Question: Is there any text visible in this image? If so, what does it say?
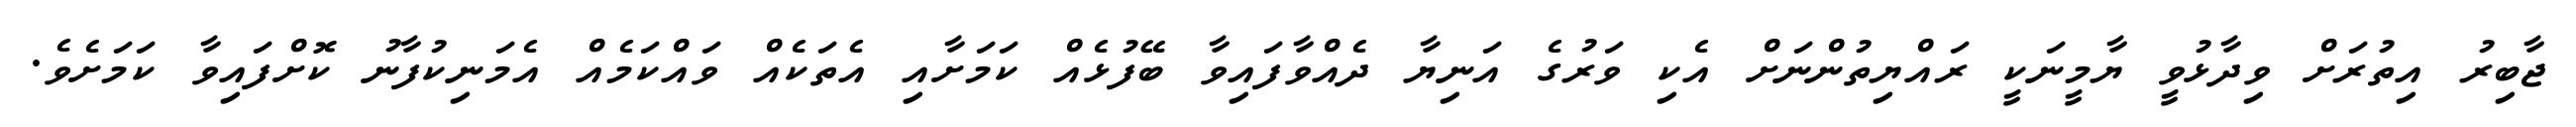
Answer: ޖާބިރު އިތުރަށް ވިދާޅުވީ ޔާމީނަކީ ރައްޔިތުންނަށް އެކި ވަރުގެ އަނިޔާ ދެއްވާފައިވާ ބޭފުޅެއް ކަމަށާއި އެތަކެއް ވައްކަމެއް އެމަނިކުފާނު ކޮށްފައިވާ ކަމަށެވެ.